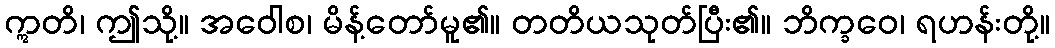
ဣတိ၊ ဤသို့။ အဝေါစ၊ မိန့်တော်မူ၏။ တတိယသုတ်ပြီး၏။ ဘိက္ခဝေ၊ ရဟန်းတို့။